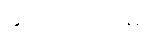
ရောင်းအားမှာ